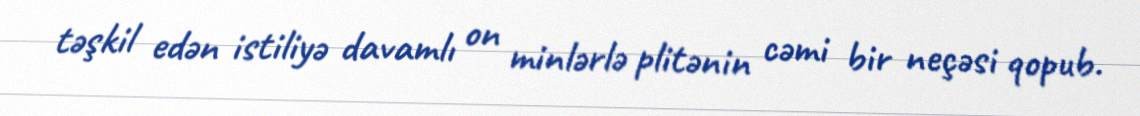
təşkil edən istiliyə davamlı on minlərlə plitənin cəmi bir neçəsi qopub.